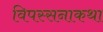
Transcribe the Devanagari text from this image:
विपस्सनाकथा